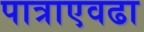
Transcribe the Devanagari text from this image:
पात्राएवढा